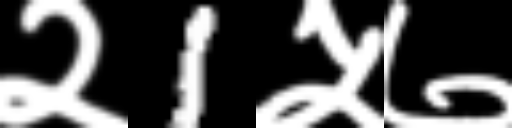
Text: २1५७